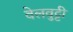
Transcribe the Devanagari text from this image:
वेलवुट्टी